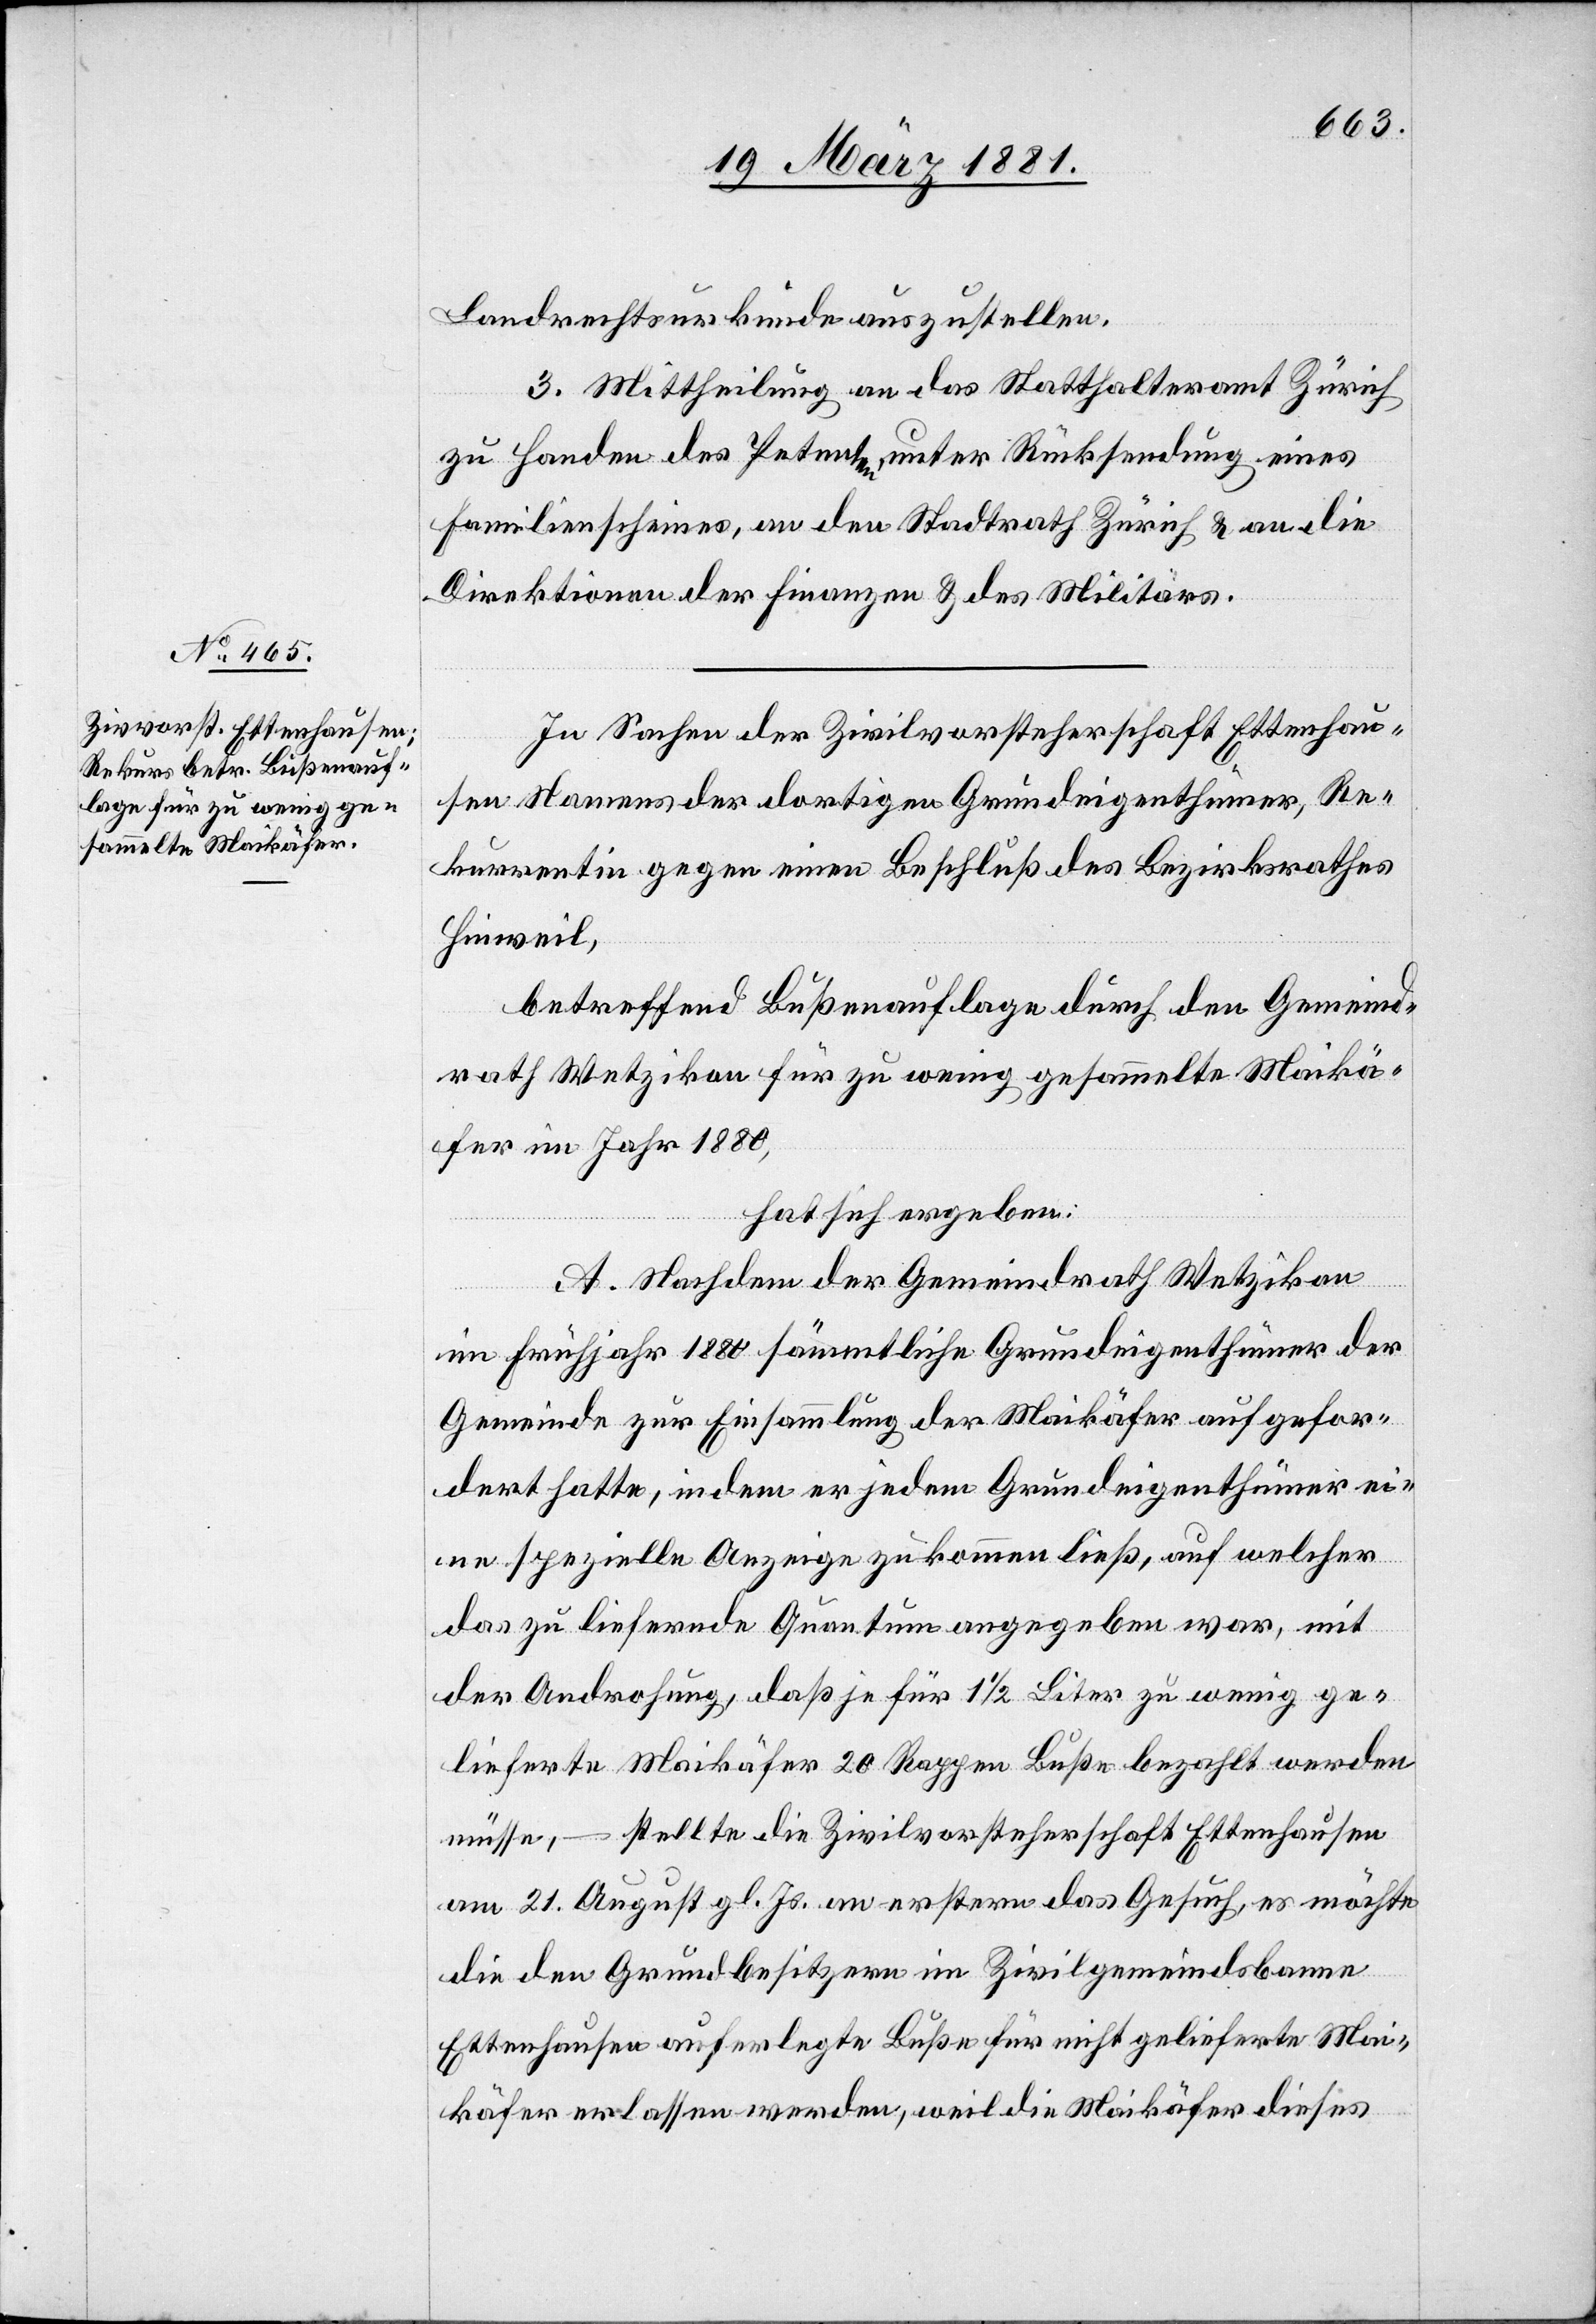
Landrechtsurkunde auszustellen.
3. Mittheilung an das Statthalteramt Zürich
zu Handen des Petenten, unter Rücksendung eines
Familienscheines, an den Stadtrath Zürich & an die
Direktionen der Finanzen & des Militärs.
In Sachen der Zivilvorsteherschaft Ettenhau¬
sen Namens der dortigen Grundeigenthümer, Re¬
kurrentin gegen einen Beschluß des Bezirksrathes
Hinweil,
betreffend Bußenauflage durch den Gemeind¬
rath Wetzikon für zu wenig gesammelte Maikä¬
fer im Jahr 1880,
hat sich ergeben:
A. Nachdem der Gemeindrath Wetzikon
im Frühjahr 1880 sämmtliche Grundeigenthümer der
Gemeinde zur Einsammlung der Maikäfer aufgefor¬
dert hatte, indem er jedem Grundeigenthümer ei¬
ne spezielle Anzeige zukommen ließ, auf welcher
das zu liefernde Quantum angegeben war, mit
der Androhung, daß für 1 1/2 Liter zu wenig ge¬
lieferte Maikäfer 20 Rappen Buße bezahlt werden
müsse, – stellte die Zivilvorsteherschaft Ettenhausen
am 21. August gl. Js. an erstern das Gesuch, es möchte
die den Grundbesitzern im Zivilgemeindsbanne
Ettenhausen auferlegte Buße für nicht gelieferte Mai¬
käfer erlassen werden, weil die Maikäfer dieses